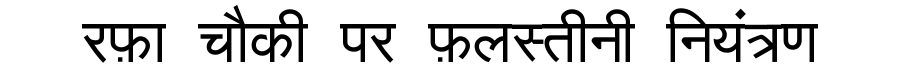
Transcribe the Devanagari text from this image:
रफ़ा चौकी पर फ़लस्तीनी नियंत्रण